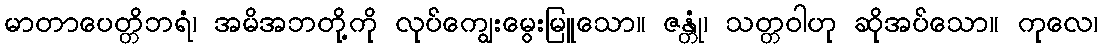
မာတာပေတ္တိဘရံ၊ အမိအဘတို့ကို လုပ်ကျွေးမွေးမြူသော။ ဇန္တုံ၊ သတ္တဝါဟု ဆိုအပ်သော။ ကုလေ၊